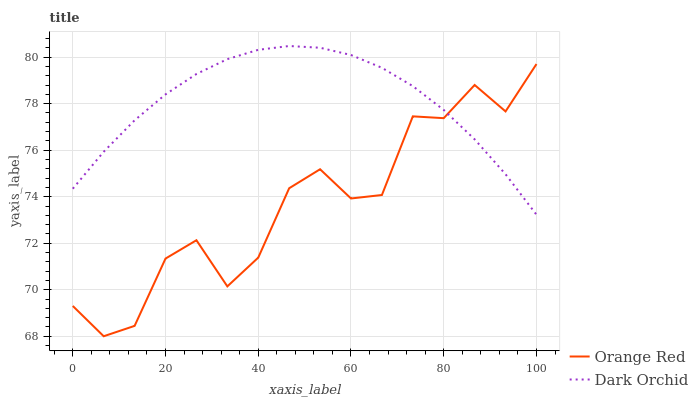
| xaxis_label | Orange Red | Dark Orchid |
 | --- | --- | --- |
 | 0 | 69.3 | 74.3 |
 | 6.67 | 68 | 75.9 |
 | 13.3 | 68.4 | 77.3 |
 | 20 | 71.3 | 78.4 |
 | 26.7 | 72.1 | 79.3 |
 | 33.3 | 70.1 | 79.9 |
 | 40 | 71.4 | 80.3 |
 | 46.7 | 74.4 | 80.5 |
 | 53.3 | 75.2 | 80.4 |
 | 60 | 73.9 | 80.1 |
 | 66.7 | 74.1 | 79.5 |
 | 73.3 | 77.5 | 78.8 |
 | 80 | 77.4 | 77.7 |
 | 86.7 | 78.8 | 76.5 |
 | 93.3 | 77.7 | 75 |
 | 100 | 79.7 | 73.2 |